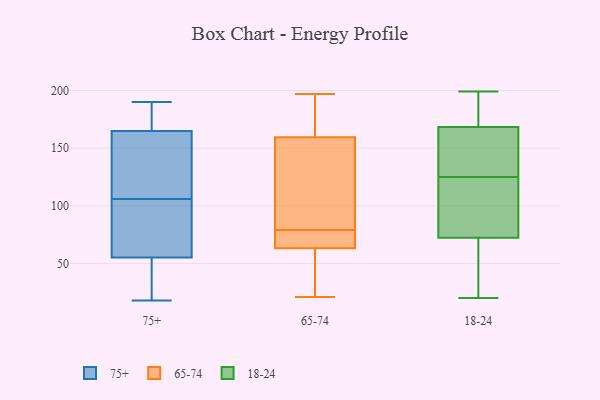
{"axis": {"x": "Website Visitors", "y": "Value"}, "legend": ["18-24", "65-74", "75+"], "data": [{"x": "", "y": 52, "type": "75+"}, {"x": "", "y": 30, "type": "75+"}, {"x": "", "y": 190, "type": "75+"}, {"x": "", "y": 176, "type": "75+"}, {"x": "", "y": 77, "type": "75+"}, {"x": "", "y": 166, "type": "75+"}, {"x": "", "y": 28, "type": "75+"}, {"x": "", "y": 110, "type": "75+"}, {"x": "", "y": 70, "type": "75+"}, {"x": "", "y": 150, "type": "75+"}, {"x": "", "y": 133, "type": "75+"}, {"x": "", "y": 184, "type": "75+"}, {"x": "", "y": 72, "type": "75+"}, {"x": "", "y": 65, "type": "75+"}, {"x": "", "y": 184, "type": "75+"}, {"x": "", "y": 106, "type": "75+"}, {"x": "", "y": 19, "type": "75+"}, {"x": "", "y": 18, "type": "75+"}, {"x": "", "y": 161, "type": "75+"}, {"x": "", "y": 155, "type": "65-74"}, {"x": "", "y": 128, "type": "65-74"}, {"x": "", "y": 79, "type": "65-74"}, {"x": "", "y": 64, "type": "65-74"}, {"x": "", "y": 32, "type": "65-74"}, {"x": "", "y": 182, "type": "65-74"}, {"x": "", "y": 48, "type": "65-74"}, {"x": "", "y": 190, "type": "65-74"}, {"x": "", "y": 155, "type": "65-74"}, {"x": "", "y": 63, "type": "65-74"}, {"x": "", "y": 73, "type": "65-74"}, {"x": "", "y": 21, "type": "65-74"}, {"x": "", "y": 75, "type": "65-74"}, {"x": "", "y": 161, "type": "65-74"}, {"x": "", "y": 197, "type": "65-74"}, {"x": "", "y": 23, "type": "18-24"}, {"x": "", "y": 154, "type": "18-24"}, {"x": "", "y": 60, "type": "18-24"}, {"x": "", "y": 146, "type": "18-24"}, {"x": "", "y": 73, "type": "18-24"}, {"x": "", "y": 197, "type": "18-24"}, {"x": "", "y": 187, "type": "18-24"}, {"x": "", "y": 102, "type": "18-24"}, {"x": "", "y": 173, "type": "18-24"}, {"x": "", "y": 125, "type": "18-24"}, {"x": "", "y": 199, "type": "18-24"}, {"x": "", "y": 76, "type": "18-24"}, {"x": "", "y": 72, "type": "18-24"}, {"x": "", "y": 149, "type": "18-24"}, {"x": "", "y": 20, "type": "18-24"}]}